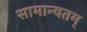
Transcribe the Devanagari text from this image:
सामान्यतम्